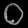
Digit: ၀